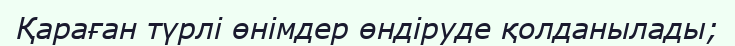
Қараған түрлі өнімдер өндіруде қолданылады;